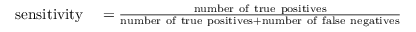
\begin{array} { r l } { { \mathrm { s e n s i t i v i t y } } } & { { } = { \frac { \mathrm { n u m b e r ~ o f ~ t r u e ~ p o s i t i v e s } } { { \mathrm { n u m b e r ~ o f ~ t r u e ~ p o s i t i v e s } } + { \mathrm { n u m b e r ~ o f ~ f a l s e ~ n e g a t i v e s } } } } } \end{array}